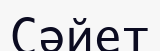
Сәйет